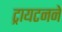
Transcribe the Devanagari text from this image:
ट्रायटनने